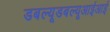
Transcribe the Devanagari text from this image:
डबल्यूडबल्यूआईआई